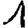
Digit: 1